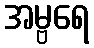
အမ္ဗရေ